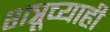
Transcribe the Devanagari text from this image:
शत्रूच्याही